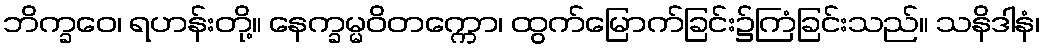
ဘိက္ခဝေ၊ ရဟန်းတို့။ နေက္ခမ္မဝိတက္ကော၊ ထွက်မြောက်ခြင်း၌ကြံခြင်းသည်။ သနိဒါနံ၊